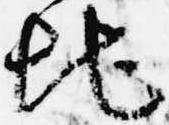
地